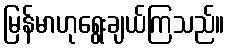
မြန်မာဟုရွေးချယ်ကြသည်။